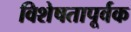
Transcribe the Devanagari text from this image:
विशेषतापूर्वक